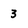
Character: 3